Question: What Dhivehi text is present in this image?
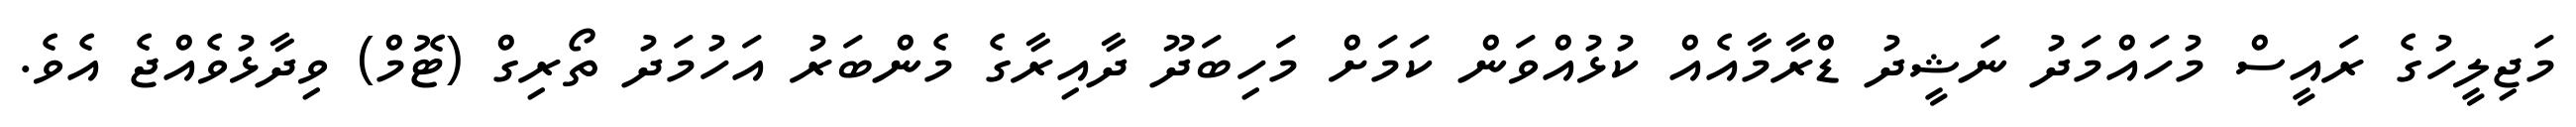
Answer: މަޖިލީހުގެ ރައީސް މުހައްމަދު ނަޝީދު ޑްރާމާއެއް ކުޅުއްވަން ކަމަށް މަހިބަދޫ ދާއިރާގެ މެންބަރު އަހުމަދު ތޯރިގް (ޓޮމް) ވިދާޅުވެއްޖެ އެވެ.